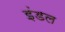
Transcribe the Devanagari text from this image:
इंडल